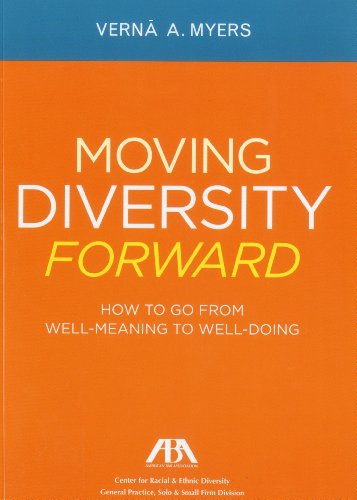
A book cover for Moving Diversity Forward: How to Go From Well-Meaning to Well-Doing; Verna A. Myers; Law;